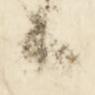
候